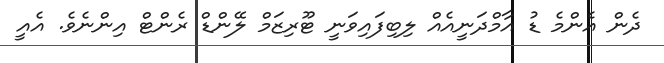
ދެން އެންމެ ޑު އާމްދަނީއެއް ލިބިފައިވަނީ ޓޫރިޒަމް ލޭންޑް ރެންޓް އިންނެވެ. އެއީ